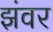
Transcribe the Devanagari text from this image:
झंवर